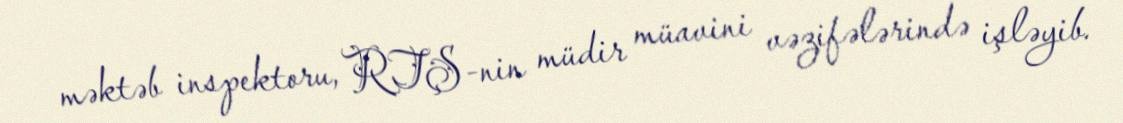
məktəb inspektoru, RTŞ-nin müdir müavini vəzifələrində işləyib.